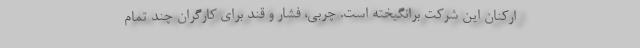
ارکنان این شرکت برانگیخته است. چربی، فشار و قند برای کارگران چند تمام